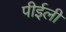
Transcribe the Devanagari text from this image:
पीईली